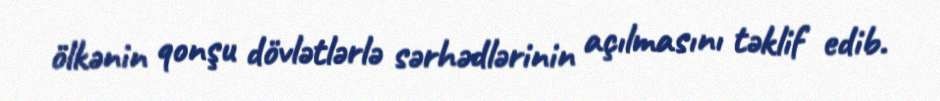
ölkənin qonşu dövlətlərlə sərhədlərinin açılmasını təklif edib.